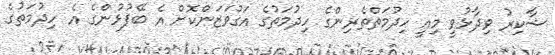
ޝާކިރު ވިދާޅުވީ މިއީ ހިދުމަތްތެރިންގެ ހިދުމަތުގެ އަގުވަޒަންކޮށް އެ ބޭފުޅުންގެ އެ ހިދުމަތުގެ